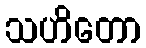
သဟိတော